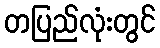
တပြည်လုံးတွင်